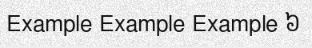
Example Example Example ៦